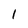
Character: l